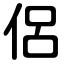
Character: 侶